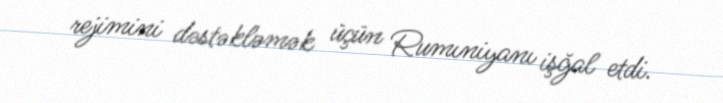
rejimini dəstəkləmək üçün Rumıniyanı işğal etdi.